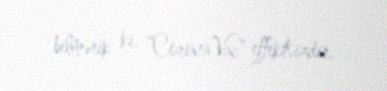
bilmərik ki, “CoronaVac” effektsizdir.